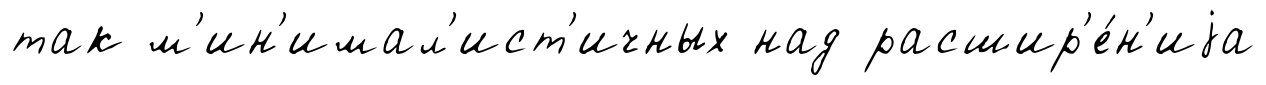
так м'ин'имал'ист'ичных над расшир'е́н'иjа